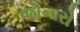
જોનારો